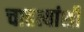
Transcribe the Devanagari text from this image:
चाहत्यांशी